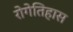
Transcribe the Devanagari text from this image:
रोगेतिहास